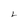
Character: 2